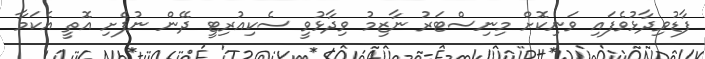
ފާޑުވިދާޅުވެފައި ވަނިކޮށް މިނިސްޓަރު ނާޒިމު ވިދާޅުވީ ސެކިއުރިޓީ ދޭން ނުފެށި އޮތީ އެކަމާ